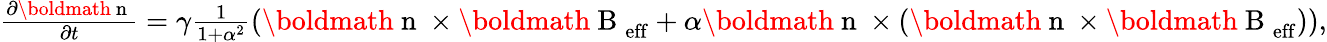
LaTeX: \begin{array}{r}{\frac{\partial\mathrm{\boldmath~n~}}{\partial t}=\gamma\frac{1}{1+\alpha^{2}}\left(\mathrm{\boldmath~n~}\times\mathrm{\boldmath~B~}_{\mathrm{eff}}+\alpha\mathrm{\boldmath~n~}\times\left(\mathrm{\boldmath~n~}\times\mathrm{\boldmath~B~}_{\mathrm{eff}}\right)\right),}\end{array}